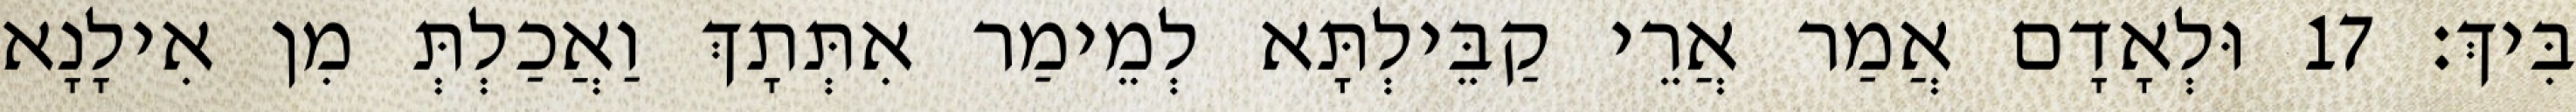
בִּיךְ׃ 17 וּלְאָדָם אֲמַר אֲרֵי קַבֵּילְתָּא לְמֵימַר אִתְּתָךְ וַאֲכַלְתְּ מִן אִילָנָא